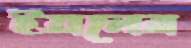
ইয়নের